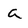
Character: a